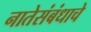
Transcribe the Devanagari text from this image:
नातेसंबंधाचे